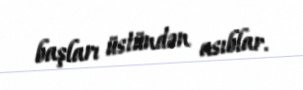
başları üstündən asıblar.